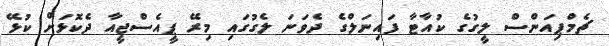
ޗެމްޕިއަންސް ލީގުގެ ކުއާޓާ ފައިނަލްގެ ދެވަނަ ލެގުގައި މިރޭ ޕީއެސްޖީއާ ދެކޮޅަށް ކުޅޭ